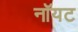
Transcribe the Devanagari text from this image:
नॉयट